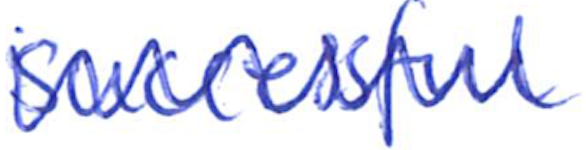
Text: successful
Cross-out: zig-zag
Writing tool: ballpoint